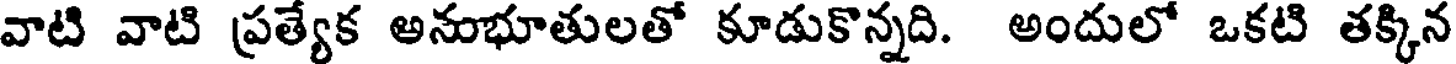
వాటి వాటి ప్రత్యేక అనుభూతులతో కూడుకొన్నది. అందులో ఒకటి తక్కిన